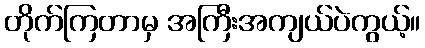
တိုက်ကြတာမှ အကြီးအကျယ်ပဲကွယ့်။